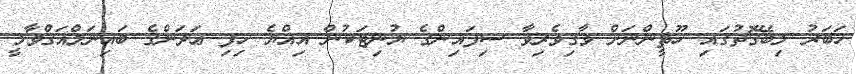
ޚަބަރު ލިބޭގޮތުގައި ހޫޘީންނަށް ވާގިވެރިވާ ސިފައިންގެ ޔުނިޓަކުން އިއްޔެ ހިފި ޢަދަންގެ ބައިނަލްއަޤްވާމީ